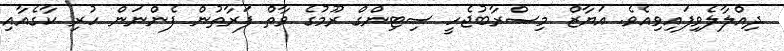
ދިއްލާލެވިފައިވިއެވެ. އަޔާޒް މިޞްރާބުޖެހީ ސިޓިންގް ރޫމުގެ ވާތް ފަރާތުން ފެންނަން ހުރި ކާގެއާއި